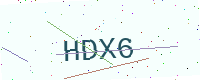
Text: HDX6